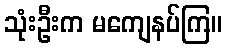
သုံးဦးက မကျေနပ်ကြ။